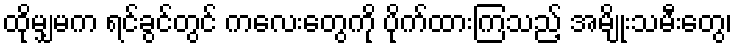
ထိုမျှမက ရင်ခွင်တွင် ကလေးတွေကို ပိုက်ထားကြသည့် အမျိုးသမီးတွေ၊